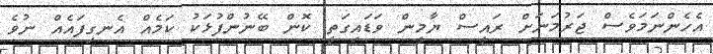
އެހެންނަމަވެސް ޖަރުމަނަށް ރައީސް ޔާމީން ވަޑައިގަތީ ކޮން ބޭނުންފުޅަކު ކަމެއް އެނގިފައެއް ނުވެ